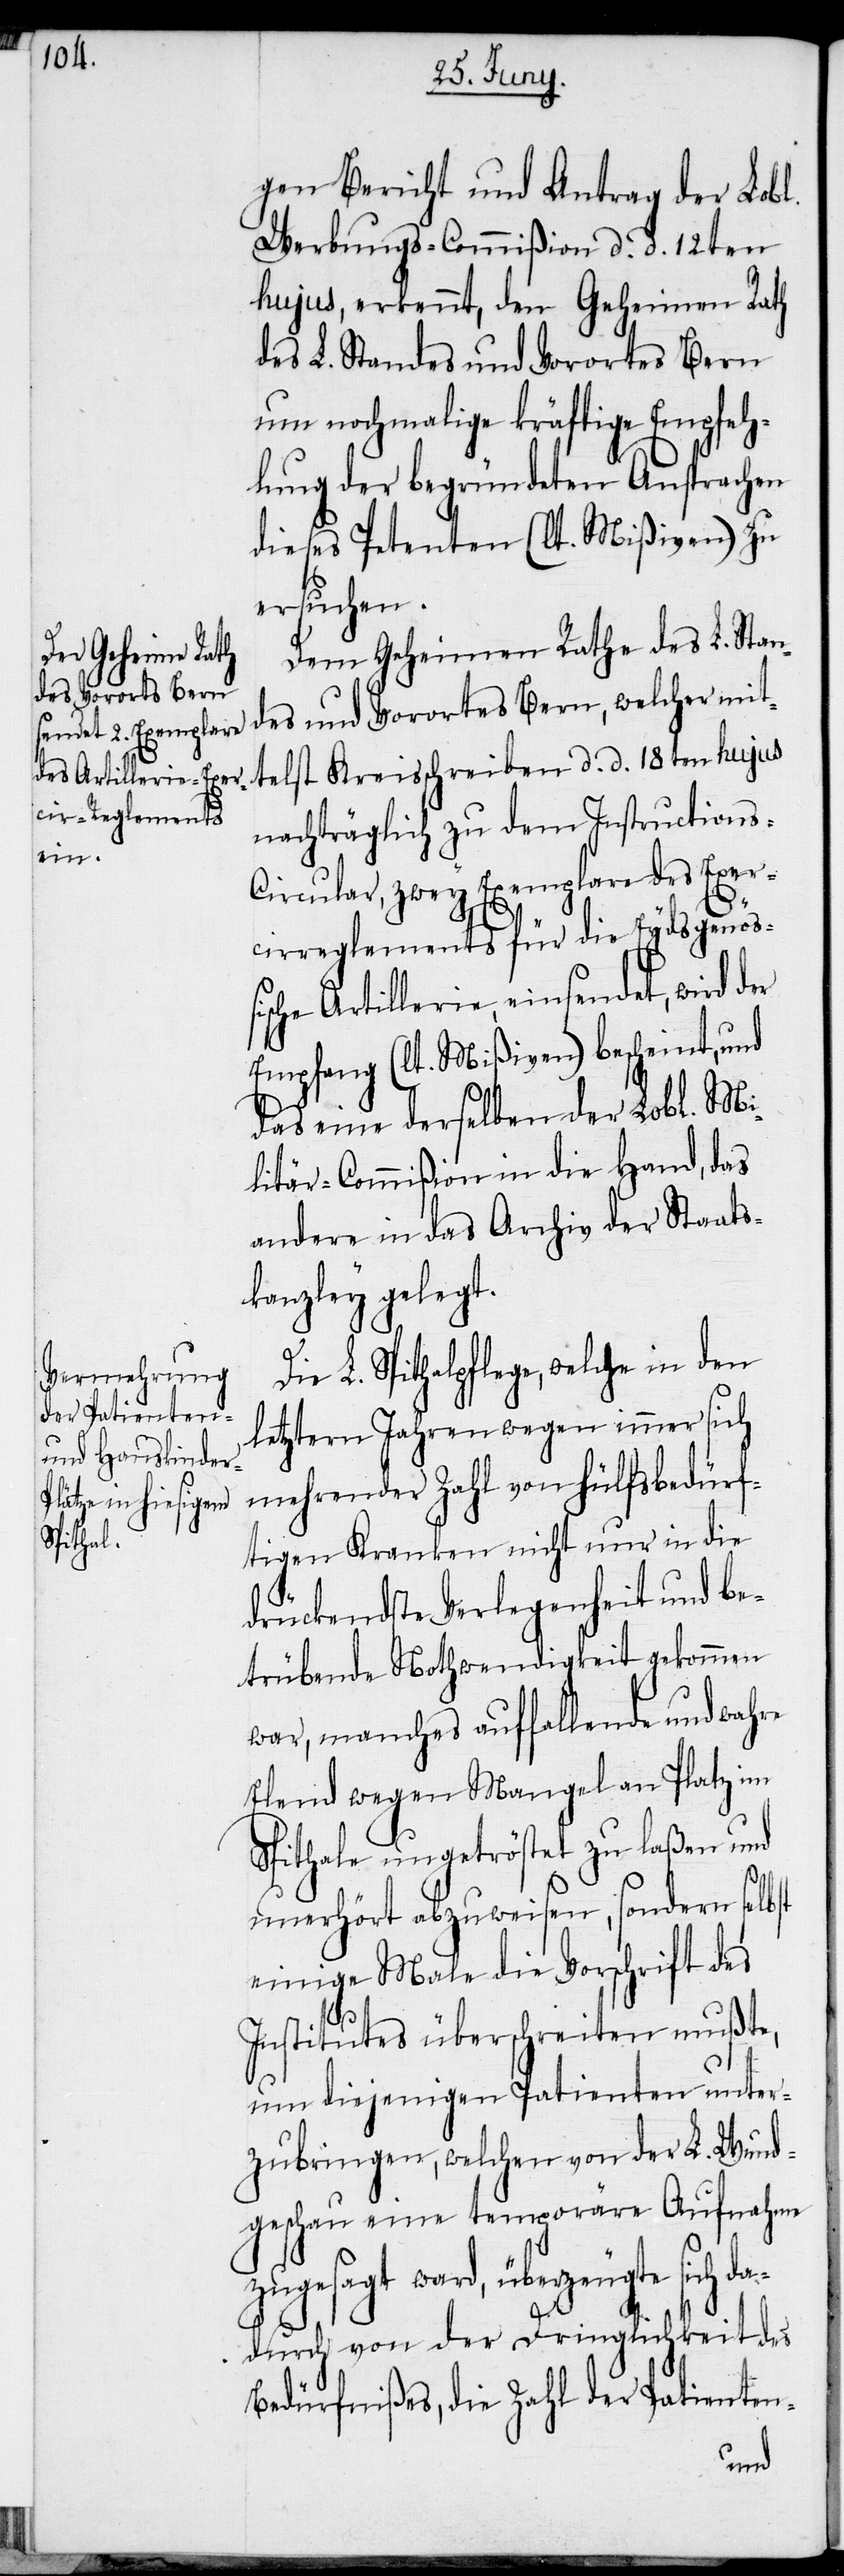
gen Bericht und Antrag der Lobl.
Werbungs-Commißion d. d. 12ten
hujus, erkennt, den Geheimen Rath
des L. Standes und Vorortes Bern
um nochmalige kräftige Empfeh¬
lung der begründeten Ansprachen
dieses Petenten (lt. Mißiven) zu
ersuchen.
Dem Geheimen Rathe des L. Stan¬
des und Vorortes Bern, welcher mit¬
telst Kreisschreiben d. d. 18ten hujus
nachträglich zu dem Instructions-C¬
ircular, zwey Exemplare des Exer¬
cirreglements für die Eydsgenöß¬
ische Artillerie, einsendet, wird der
Empfang (lt. Mißiven) bescheint, und
das eine derselben der Lobl. Mi¬
litär-Commißion in die Hand, das
andere in das Archiv der Staats¬
kanzley gelegt.
Die L. Spithalpflege, welche in den
letztern Jahren wegen immer sich
mehrender Zahl von hülfsbedürf¬
tigen Kranken nicht nur in die
drückendste Verlegenheit und be¬
trübende Nothwendigkeit gekommen
war, manches auffallende und wahre
Elend wegen Mangel an Platz im
Spithale ungetröstet zu laßen und
unerhört abzuweisen, sondern selbst
einige Male die Vorschrift des
Institutes überschreiten mußte,
um diejenigen Patienten unter¬
zubringen, welchen von der L. Wund¬
geschau eine temporäre Aufnahme
zugesagt ward, überzeugte
dadurch von der Dringlichkeit des
Bedürfnißes, die Zahl der Patienten-